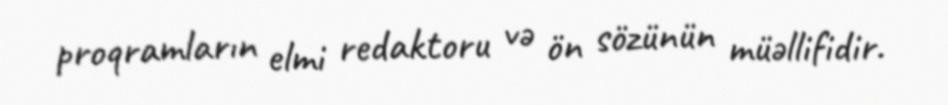
proqramların elmi redaktoru və ön sözünün müəllifidir.